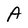
Character: A